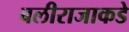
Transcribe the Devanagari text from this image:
बलीराजाकडे